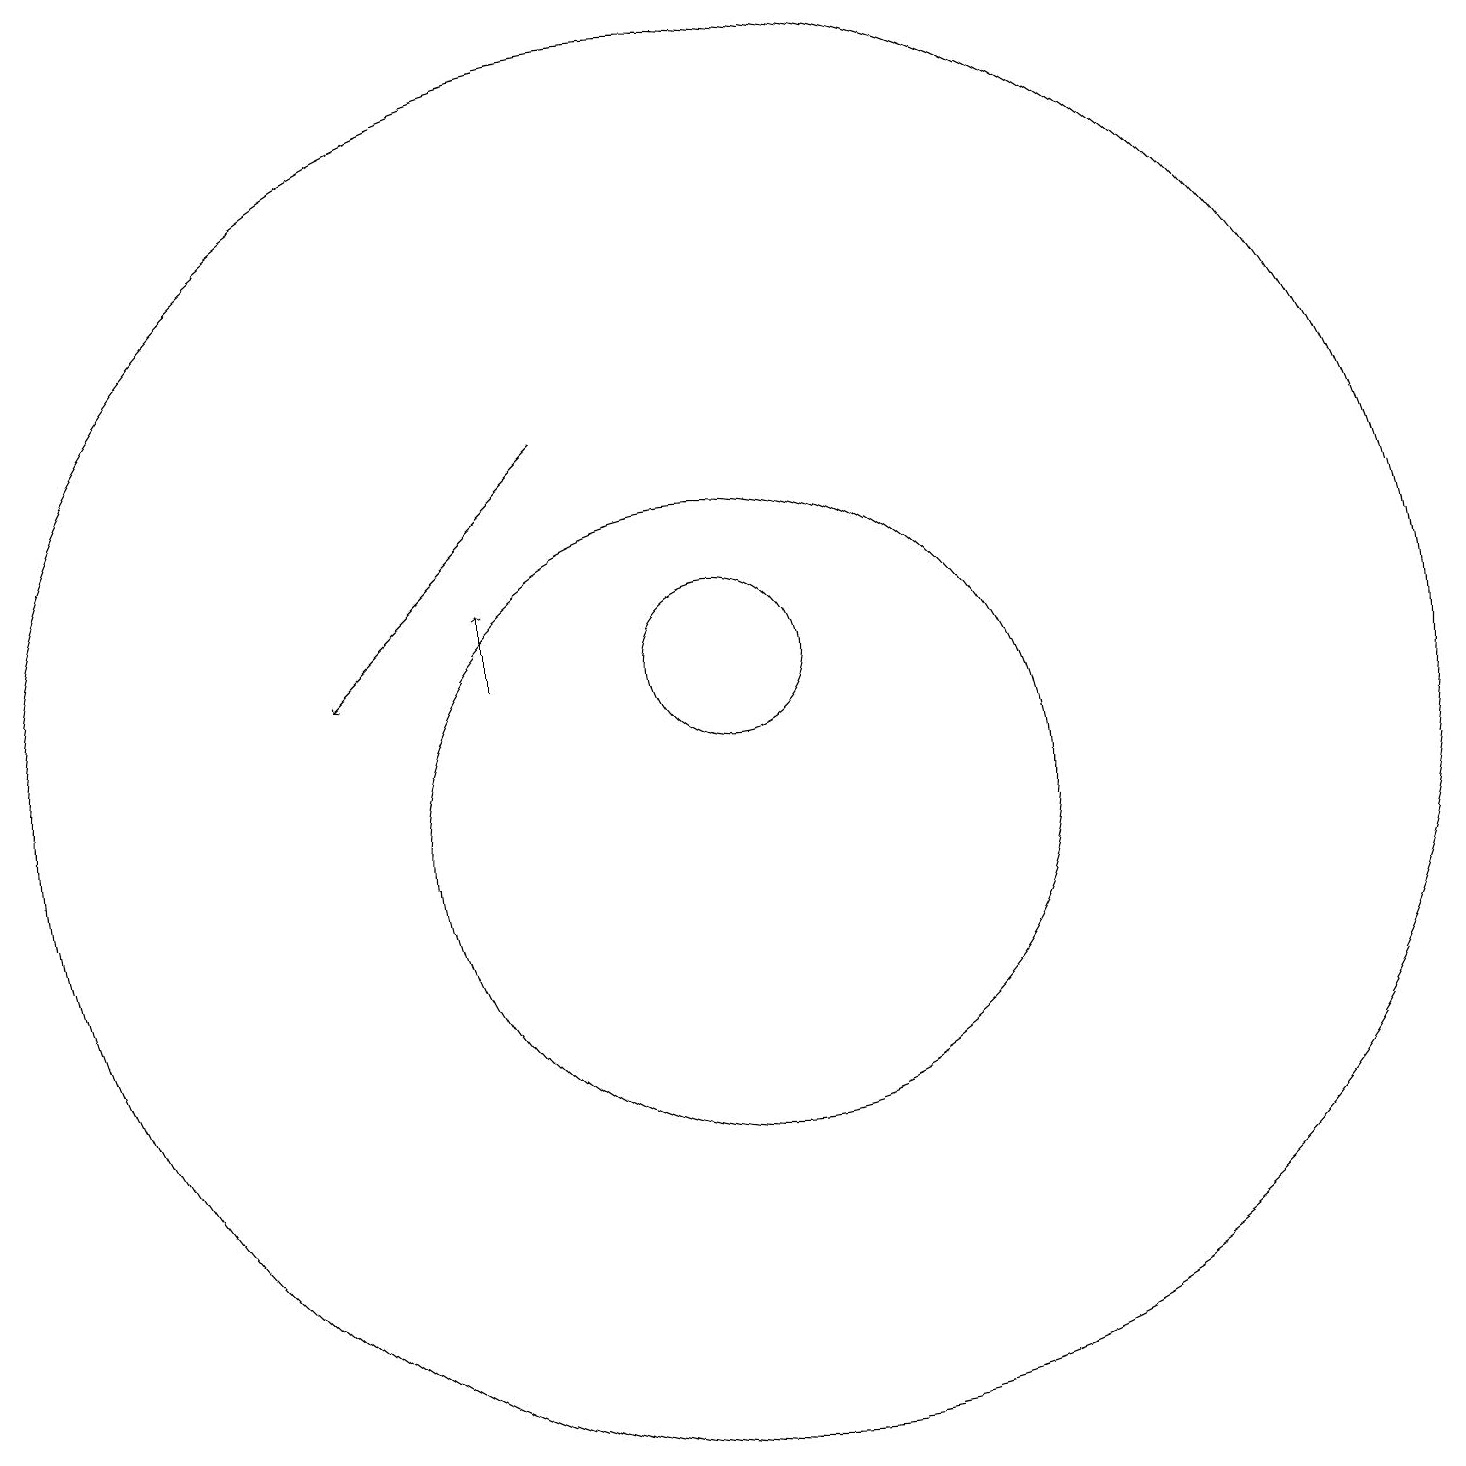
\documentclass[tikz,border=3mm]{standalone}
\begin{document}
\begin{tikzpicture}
\draw[->] (8,15) -- (5,12);
\draw (10,10) circle (4);
\draw (10,12) circle (1);
\draw[->] (7,12) -- (7,13);
\draw (10,11) circle (9);
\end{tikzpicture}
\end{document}